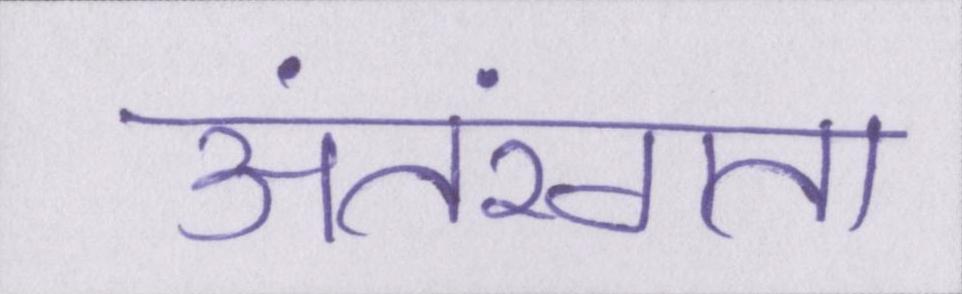
अंतरंगता